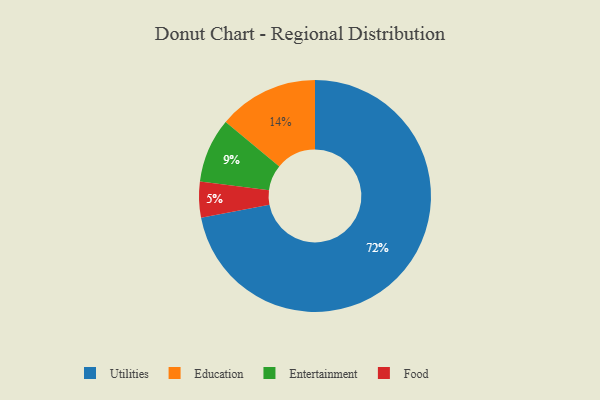
{"axis": {"x": "Category", "y": "Percentage"}, "legend": ["Education", "Entertainment", "Food", "Utilities"], "data": [{"x": "Utilities", "y": 72, "type": "Utilities"}, {"x": "Food", "y": 5, "type": "Food"}, {"x": "Education", "y": 14, "type": "Education"}, {"x": "Entertainment", "y": 9, "type": "Entertainment"}]}